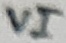
Text: VI